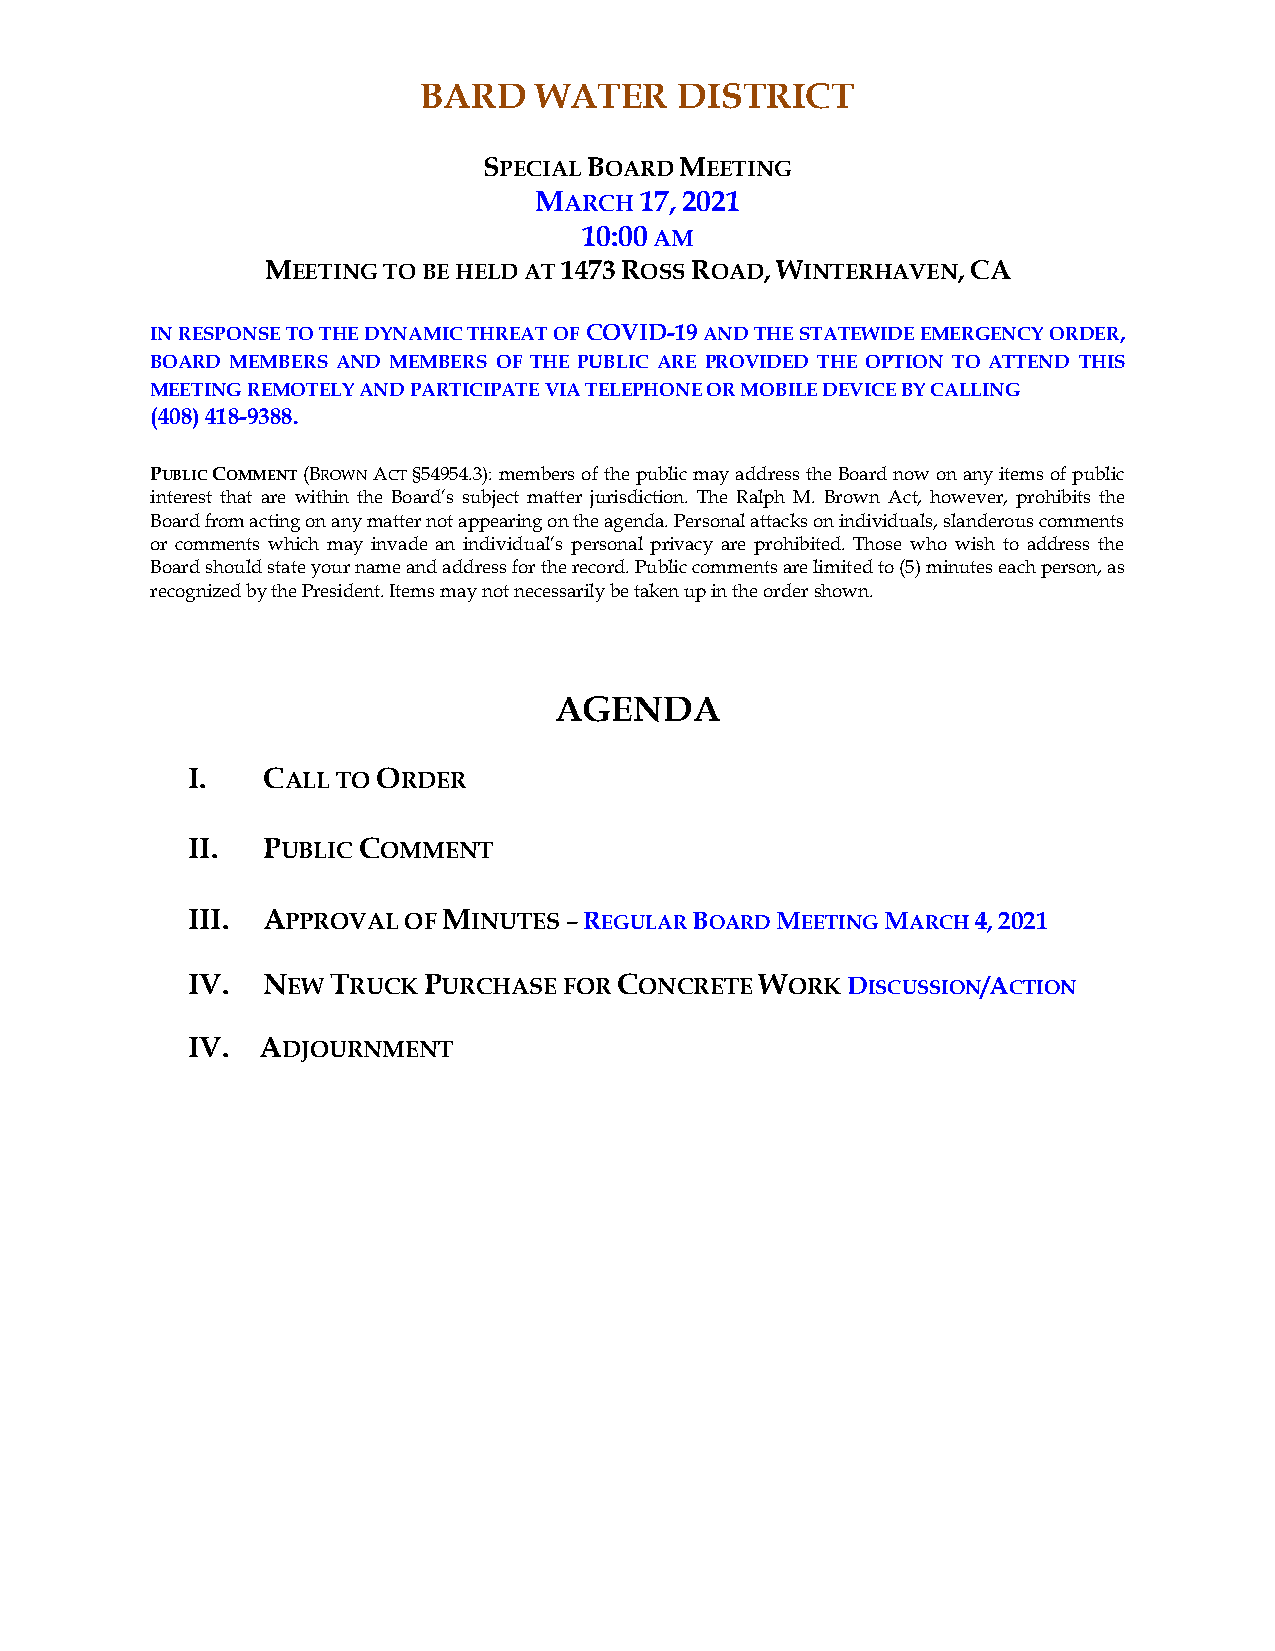
BARD   WATER     DISTRICT
 SPECIAL BOARD MEETING
 MARCH  17, 2021
 10:00 AM
 MEETING TO BE HELD AT 1473 ROSS ROAD, WINTERHAVEN, CA
 IN RESPONSE TO THE DYNAMIC THREAT OF COVID-19 AND THE STATEWIDE EMERGENCY ORDER,
 BOARD MEMBERS AND MEMBERS OF THE PUBLIC ARE PROVIDED THE OPTION TO ATTEND THIS
 MEETING REMOTELY AND PARTICIPATE VIA TELEPHONE OR MOBILE DEVICE BY CALLING
 (408) 418-9388.
 PUBLIC COMMENT (BROWN ACT §54954.3): members of the public may address the Board now on any items of public
 interest that are within the Board’s subject matter jurisdiction. The Ralph M. Brown Act, however, prohibits the
 Board from acting on any matter not appearing on the agenda. Personal attacks on individuals, slanderous comments
 or comments which may invade an individual’s personal privacy are prohibited. Those who wish to address the
 Board should state your name and address for the record. Public comments are limited to (5) minutes each person, as
 recognized by the President. Items may not necessarily be taken up in the order shown.
 AGENDA
 I.   CALL TO ORDER
 II.  PUBLIC COMMENT
 III. APPROVAL  OF MINUTES – REGULAR BOARD MEETING MARCH 4, 2021
 IV.  NEW  TRUCK PURCHASE FOR CONCRETE WORK  DISCUSSION/ACTION
 IV.  ADJOURNMENT